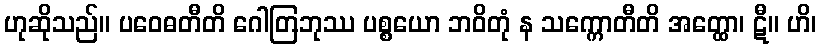
ဟုဆိုသည်။ ပဝေဓတီတိ ဂေါတြဘုဿ ပစ္စယော ဘဝိတုံ န သက္ကောတီတိ အတ္ထော၊ ဋီ။ ဟိ၊